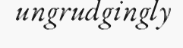
ungrudgingly